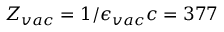
{ \cal Z } _ { v a c } = 1 / \epsilon _ { v a c } c = 3 7 7